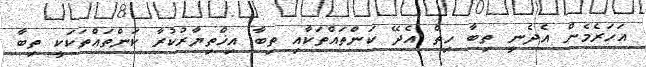
އަހަރެމެން އެދެނީ ތިބާ ހިތް އެދޭ ކަންތައްތަކާއި ތިބާ އިޚްތިޔާރުކުރާ ކަންތައްތަކަކީ ތިބާ